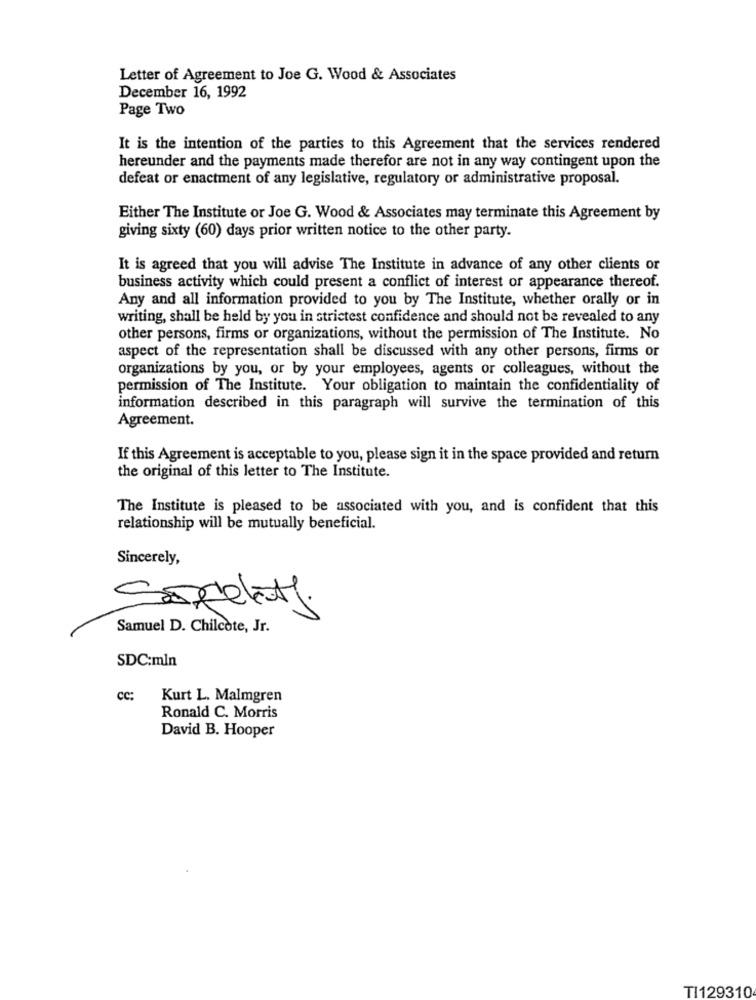
Letter of Agreement to Joe G. Wood & Associates
December 16, 1992
Page Two
It is the intention of the parties to this Agreement that the services rendered
hereunder and the payments made therefor are not in any way contingent upon the
defeat or enactment of any legislative, regulatory or administrative proposal.
Either The Institute or Joe G. Wood & Associates may terminate this Agreement by
giving sixty (60) days prior written notice to the other party.
It is agreed that you will advise The Institute in advance of any other clients or
business activity which could present a conflict of interest or appearance thereof.
Any and all information provided to you by The Institute, whether orally or in
writing, shall be held by you in strictest confidence and should not be revealed to any
other persons, firms or organizations, without the permission of The Institute. No
aspect of the representation shall be discussed with any other persons, firms or
organizations by you, or by your employees, agents or colleagues, without the
permission of The Institute. Your obligation to maintain the confidentiality of
information described in this paragraph will survive the termination of this
Agreement.
If this Agreement is acceptable to you, please sign it in the space provided and return
the original of this letter to The Institute.
The Institute is pleased to be associated with you, and is confident that this
relationship will be mutually beneficial.
Sincerely,
Samuel D. Chilcote, Jr.
SDC:mln
cc:
Kurt L. Malmgren
Ronald C. Morris
David B. Hooper
TI129310